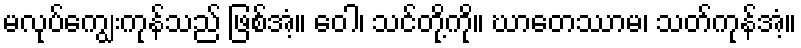
မလုပ်ကျွေးကုန်သည် ဖြစ်အံ့။ ဝေါ၊ သင်တို့ကို။ ဃာတေဿာမ၊ သတ်ကုန်အံ့။